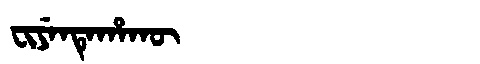
Manchu: ᠸᡳᠶᡝᠨᡨᡝᡥᠠᡴᡡ
Romanization: FIYENTEHAKŪ